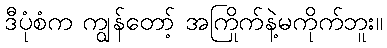
ဒီပုံစံက ကျွန်တော့် အကြိုက်နဲ့မကိုက်ဘူး။